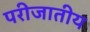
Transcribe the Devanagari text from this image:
परीजातीय